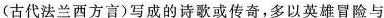
(古代法兰西方言)写成的诗歌或传奇，多以英雄冒险与